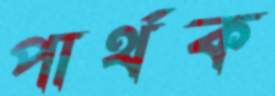
পার্থক